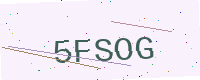
Text: 5FSOG